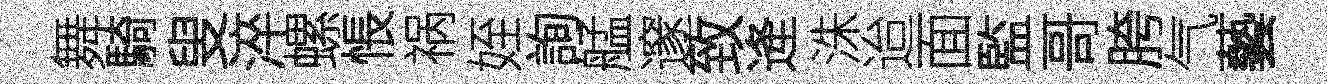
舞騎叟淬螺悵祸姪詢艋邃致逄洙迨面監哥胯气藝